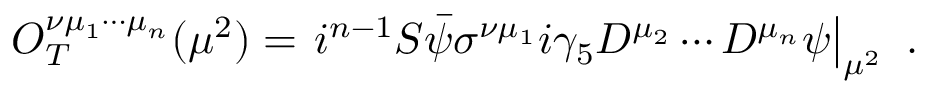
O _ { T } ^ { \nu \mu _ { 1 } \cdots \mu _ { n } } ( \mu ^ { 2 } ) = \left. i ^ { n - 1 } { \cal S } \bar { \psi } \sigma ^ { \nu \mu _ { 1 } } i \gamma _ { 5 } D ^ { \mu _ { 2 } } \cdots D ^ { \mu _ { n } } \psi \right| _ { \mu ^ { 2 } } \ .